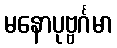
မနောပုဗ္ဗင်္ဂမာ